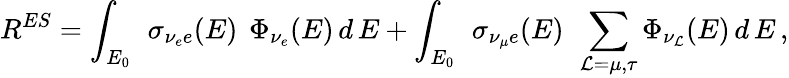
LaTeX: R^{ES}=\int_{E_{0}}\, ~\sigma_{\nu_{e}e}(E)\, ~\Phi_{\nu_{e}}(E)\, d\, E+\int_{E_{0}}\, ~\sigma_{\nu_{\mu}e}(E)\, ~\sum_{\mathcal{L}=\mu,\tau}\Phi_{\nu_{\mathcal{L}}}(E)\, d\, E\, ,